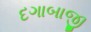
દગાબાજી